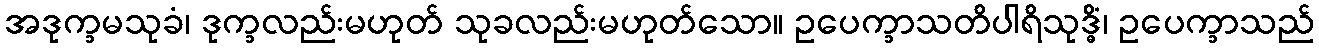
အဒုက္ခမသုခံ၊ ဒုက္ခလည်းမဟုတ် သုခလည်းမဟုတ်သော။ ဥပေက္ခာသတိပါရိသုဒ္ဓိံ၊ ဥပေက္ခာသည်